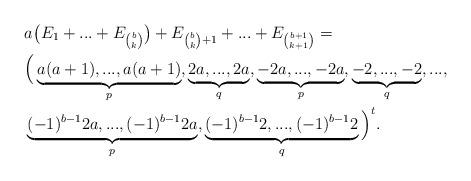
LaTeX: \begin{align*} & a\big(E_1+...+E_{\binom{b}{k}}\big)+E_{\binom{b}{k}+1}+...+E_{\binom{b+1}{k+1}}= \\ &\Big( \underbrace{a(a+1),...,a(a+1)}_{p}, \underbrace{2a,...,2a}_{q}, \underbrace{-2a,...,-2a}_{p}, \underbrace{-2,...,-2}_{q},..., \\ &\underbrace{(-1)^{b-1}2a,...,(-1)^{b-1}2a}_{p}, \underbrace{(-1)^{b-1}2,...,(-1)^{b-1}2}_{q} \Big)^t. \end{align*}